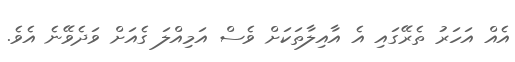
އެއް އަހަރު ތެރޭގައި އެ އާއިލާތަކަށް ވެސް އަމިއްލަ ގެއަށް ވަދެވޭނެ އެވެ.